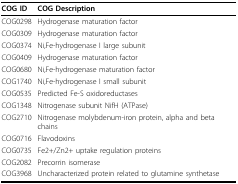
| COG ID | COG Description |
 | --- | --- |
 | COG0298 | Hydrogenase maturation factor |
 | COG0309 | Hydrogenase maturation factor |
 | COG0374 | Ni,Fe-hydrogenase I large subunit |
 | COG0409 | Hydrogenase maturation factor |
 | COG0680 | Ni,Fe-hydrogenase maturation factor |
 | COG1740 | Ni,Fe-hydrogenase I small subunit |
 | COG0535 | Predicted Fe-S oxidoreductases |
 | COG1348 | Nitrogenase subunit NifH (ATPase) |
 | COG2710 | Nitrogenase molybdenum-iron protein, alpha and beta chains |
 | COG0716 | Flavodoxins |
 | COG0735 | Fe2+/Zn2+ uptake regulation proteins |
 | COG2082 | Precorrin isomerase |
 | COG3968 | Uncharacterized protein related to glutamine synthetase |